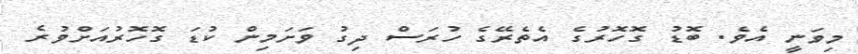
މިވަނީ އެވެ. ބޮޑު ގޮހޮރުގެ އެތެރޭގެ ހުރަސް ދިގު ވަށަމިން ކުޑަ ގޮހޮރުއަށްވުރެ